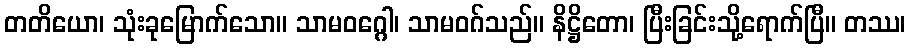
တတိယော၊ သုံးခုမြောက်သော။ သာမဝဂ္ဂေါ၊ သာမဝဂ်သည်။ နိဋ္ဌိတော၊ ပြီးခြင်းသို့ရောက်ပြီ။ တဿ၊